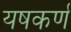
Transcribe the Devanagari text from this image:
यषकर्ण